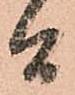
者